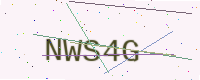
Text: NWS4G